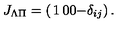
J _ { \Lambda \Pi } = \left( \begin{matrix} { 1 } & { 0 } \\ { 0 } & { - \delta _ { i j } } \\ \end{matrix} \right) .